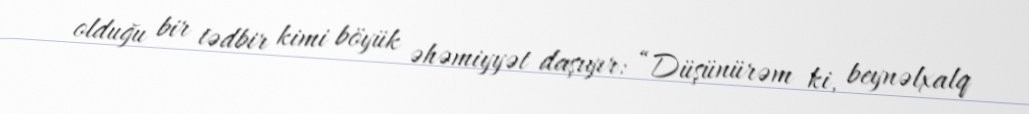
olduğu bir tədbir kimi böyük əhəmiyyət daşıyır: “Düşünürəm ki, beynəlxalq